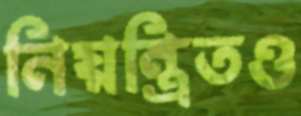
নিয়ন্ত্রিতও